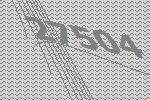
27504